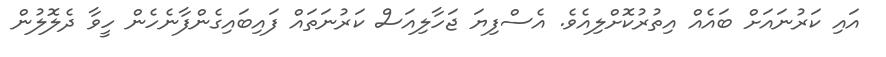
އައި ކަރުނައަށް ބައެއް އިތުރުކޮށްލިއެވެ. އެސްފިޔަ ޖަހާލިއަސް ކަރުނަތައް ފައިބައިގެންފާނެހެން ހީވާ ދެލޮލުން